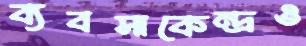
ব্যবসাকেন্দ্রও